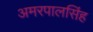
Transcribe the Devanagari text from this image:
अमरपालसिंह